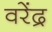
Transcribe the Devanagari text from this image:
वरेंद्र